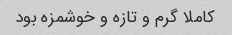
کاملا گرم و تازه و خوشمزه بود